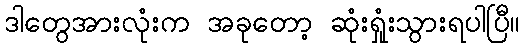
ဒါတွေအားလုံးက အခုတော့ ဆုံးရှုံးသွားရပါပြီ။